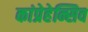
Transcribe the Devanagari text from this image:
कांप्रेहेन्सिव